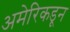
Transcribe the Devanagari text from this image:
अमेरिकडून